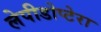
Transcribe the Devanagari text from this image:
लेपीडोप्टेरा